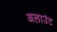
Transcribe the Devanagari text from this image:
अलाउंट